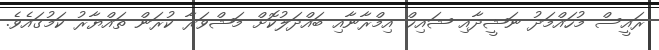
ރައީސް މުހައްމަދު ނަޝީދާއި ޝައިޚް އިމްރާނާއި ބައްދަލުކޮށް މަޝްވަރާ ކުރަން ތައްޔާރު ކަމުގައެވެ.